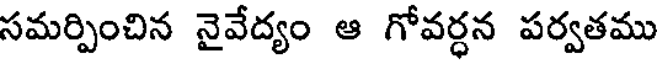
సమర్పించిన నైవేద్యం ఆ గోవర్ధన పర్వతము